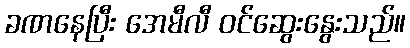
ခဏနေပြီး အေမီလီ ဝင်ဆွေးနွေးသည်။